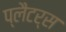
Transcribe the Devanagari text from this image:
प्लैटर्स